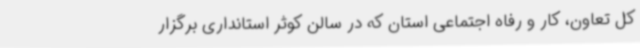
کل تعاون، کار و رفاه اجتماعی استان که در سالن کوثر استانداری برگزار